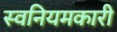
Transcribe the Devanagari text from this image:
स्वनियमकारी